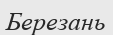
Березань